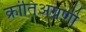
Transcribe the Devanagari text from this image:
क्रांतिअग्रणी